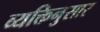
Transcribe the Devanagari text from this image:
व्यक्तिनुसार